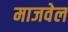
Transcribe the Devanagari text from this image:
माजवेल